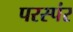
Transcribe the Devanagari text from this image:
परस्पंर